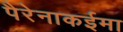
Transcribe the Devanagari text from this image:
पैरेनाकईमा